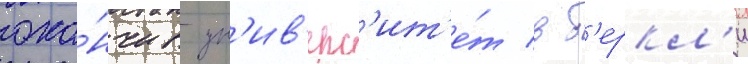
око́нчив ун'ив'ерс'ит'е́т в б'еркл'и